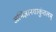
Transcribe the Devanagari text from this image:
अभिज्ञानशाकुंतलम्‌